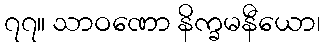
၇၇။ သာဝဏော နိက္ခမနီယော၊